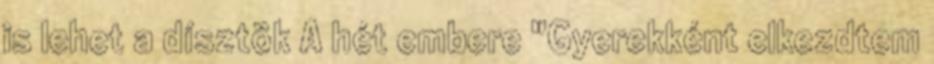
is lehet a dísztök A hét embere "Gyerekként elkezdtem